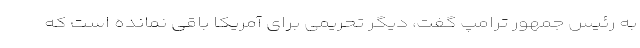
به رئیس جمهور ترامپ گفت، دیگر تحریمی برای آمریکا باقی نمانده است که